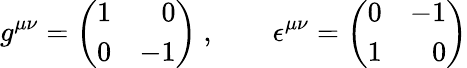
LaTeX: g^{\mu\nu}=\left(\begin{array}{rr}{{1}}&{{0}}\\ {{0}}&{{-1}}\end{array}\right)\ ,\qquad\epsilon^{\mu\nu}=\left(\begin{array}{rr}{{0}}&{{-1}}\\ {{1}}&{{0}}\end{array}\right)